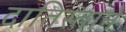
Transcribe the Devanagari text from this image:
दातिस्ताने